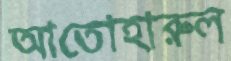
আতোহারুল